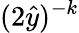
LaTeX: (2\hat{y})^{-k}